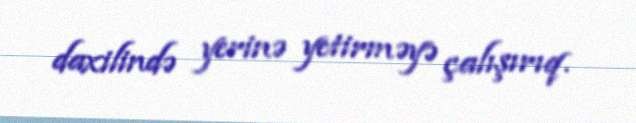
daxilində yerinə yetirməyə çalışırıq.